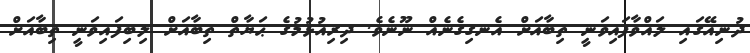
ދުނިއޭގައި ލައްވާފައިވަނީ ތިބާއަށް އެނގިގެނެއް ނޫނެވެ. ދިރިއުޅުމުގެ ޙަޔާތް ތިބާއަށް ލިބިފައިވަނީ ތިބާއަށް